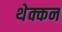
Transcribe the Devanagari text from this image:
थेक्कन